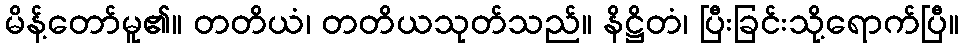
မိန့်တော်မူ၏။ တတိယံ၊ တတိယသုတ်သည်။ နိဋ္ဌိတံ၊ ပြီးခြင်းသို့ရောက်ပြီ။